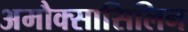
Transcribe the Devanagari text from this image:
अमौक्सासिलिन